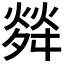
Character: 𤌠